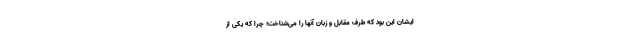
ایشان این بود که طرف مقابل و زبان آنها را می‌شناخت؛ چرا که یکی از